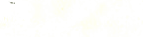
Open 24 Hours